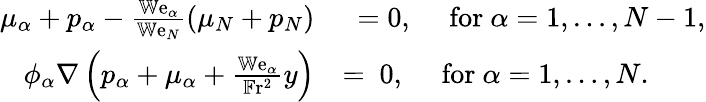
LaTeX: \begin{array}{rl}{\mu_{\alpha}+p_{\alpha}-\frac{\mathbb{W}\mathrm{e}_{\alpha}}{\mathbb{W}\mathrm{e}_{N}}\left(\mu_{N}+p_{N}\right)}&{~=0,\quad\mathrm{~for~}\alpha=1,\dots,N-1,}\\ {\phi_{\alpha}\nabla\left(p_{\alpha}+\mu_{\alpha}+\frac{\mathbb{W}\mathrm{e}_{\alpha}}{\mathbb{F}\mathrm{r}^{2}}y\right)}&{=~0,\quad\mathrm{~for~}\alpha=1,\dots,N.}\end{array}